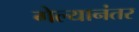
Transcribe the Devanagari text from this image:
गेल्‍यानंतर